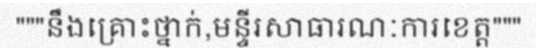
"""នឹងគ្រោះថ្នាក់,មន្ទីរសាធារណៈការខេត្ត"""